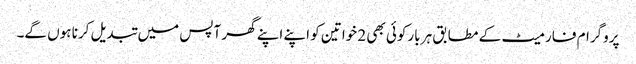
پروگرام فارمیٹ کے مطابق ہر بارکوئی بھی 2 خواتین کو اپنے اپنے گھر آپس میں تبدیل کرنا ہوں گے۔